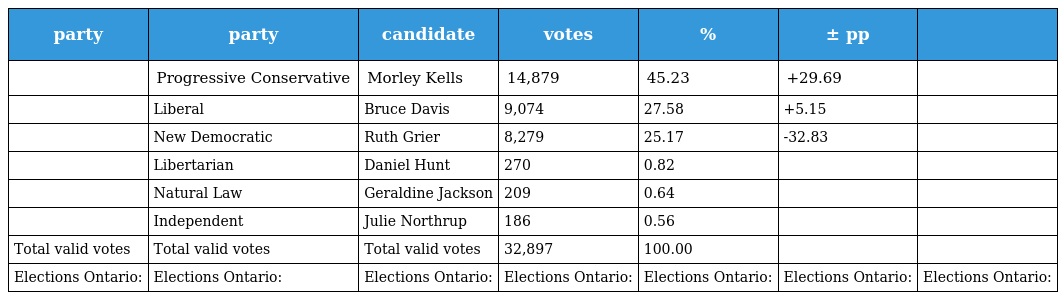
| party | party | candidate | votes | % | ± pp |  |
 | --- | --- | --- | --- | --- | --- | --- |
 |  | Progressive Conservative | Morley Kells | 14,879 | 45.23 | +29.69 |  |
 |  | Liberal | Bruce Davis | 9,074 | 27.58 | +5.15 |  |
 |  | New Democratic | Ruth Grier | 8,279 | 25.17 | -32.83 |  |
 |  | Libertarian | Daniel Hunt | 270 | 0.82 |  |  |
 |  | Natural Law | Geraldine Jackson | 209 | 0.64 |  |  |
 |  | Independent | Julie Northrup | 186 | 0.56 |  |  |
 | Total valid votes | Total valid votes | Total valid votes | 32,897 | 100.00 |  |  |
 | Elections Ontario: | Elections Ontario: | Elections Ontario: | Elections Ontario: | Elections Ontario: | Elections Ontario: | Elections Ontario: |